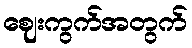
ဈေးကွက်အတွက်